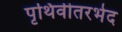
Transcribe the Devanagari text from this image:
पृथिवीतरभेद